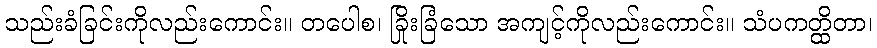
သည်းခံခြင်းကိုလည်းကောင်း။ တပေါစ၊ ခြိုးခြံသော အကျင့်ကိုလည်းကောင်း။ သံပကတ္ထိတာ၊